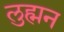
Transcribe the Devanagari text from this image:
लुह्मन